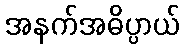
အနက်အဓိပ္ပာယ်